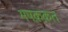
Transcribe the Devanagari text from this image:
मषक़क़त